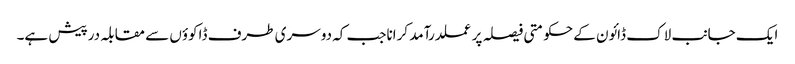
ایک جانب لاک ڈائون کے حکومتی فیصلہ پر عملدرآمد کراناجب کہ دوسری طرف ڈاکوؤں سے مقابلہ درپیش ہے۔